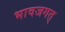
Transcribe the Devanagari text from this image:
भावजगत्